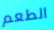
الطعم